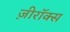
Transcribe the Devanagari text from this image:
ज़ीरॉक्स